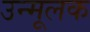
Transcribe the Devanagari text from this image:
उन्मूलक